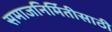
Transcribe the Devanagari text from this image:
समाजनिर्मितीसाठी